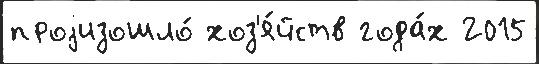
проjизошло́ хоз'я́йств года́х 2015